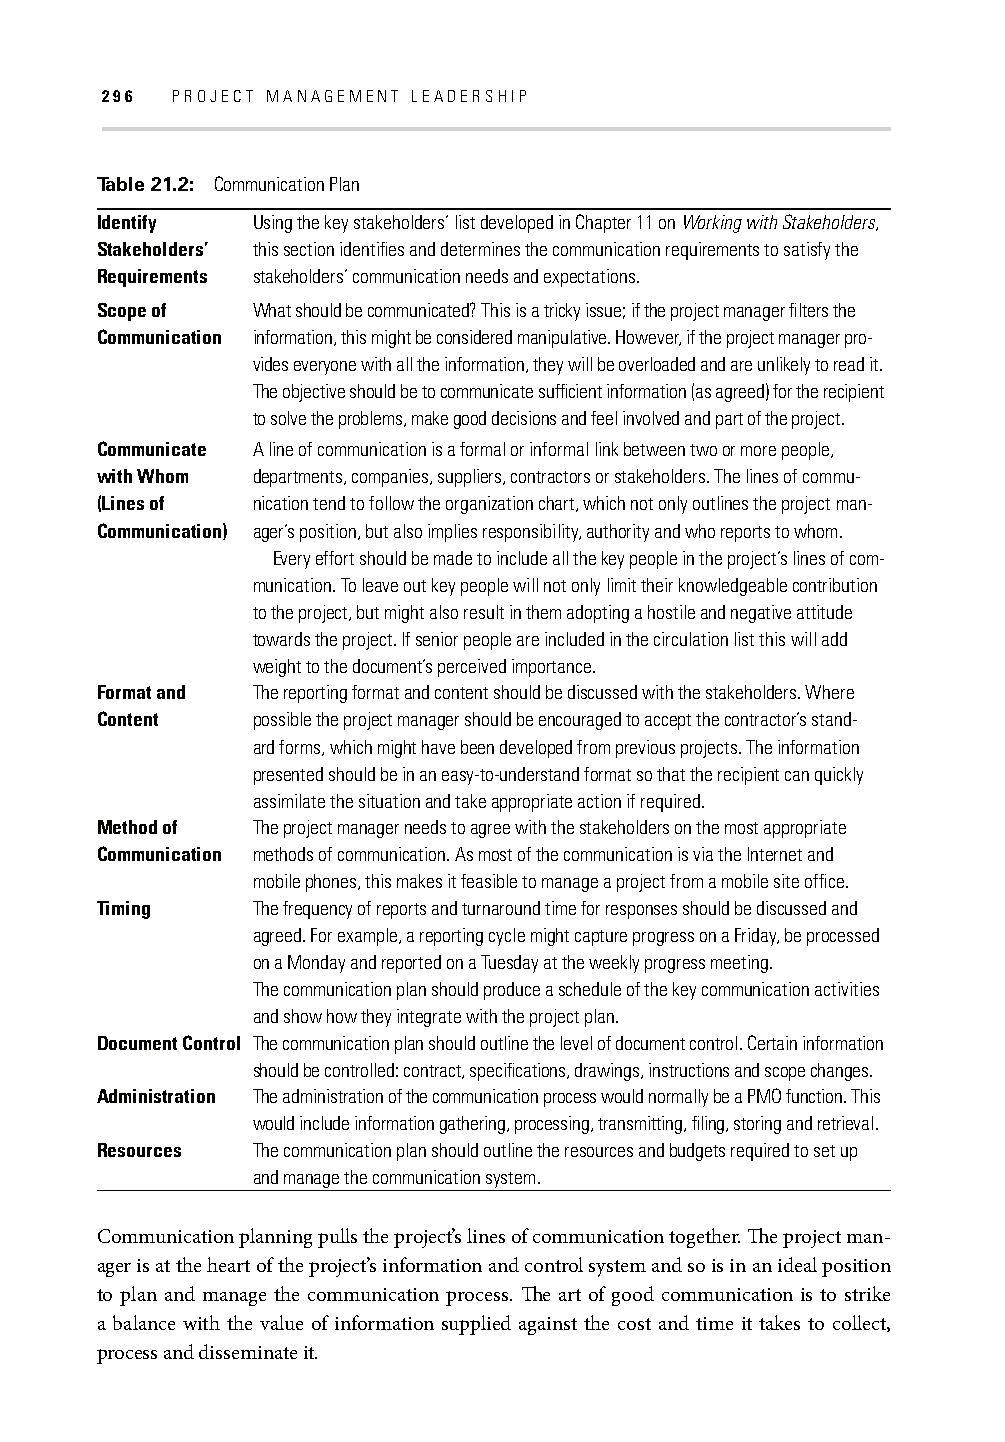
296 PROJECT MANAGEMENT LEADERSHIP
 Table 21.2: Communication Plan
 Identify   Using the key stakeholders’ list developed in Chapter 11 on Working with Stakeholders,
 Stakeholders’ this section identifi es and determines the communication requirements to satisfy the
 Requirements stakeholders’ communication needs and expectations.
 Scope of   What should be communicated? This is a tricky issue; if the project manager fi lters the
 Communication information, this might be considered manipulative. However, if the project manager pro-
 vides everyone with all the information, they will be overloaded and are unlikely to read it.
 The objective should be to communicate suffi cient information (as agreed) for the recipient
 to solve the problems, make good decisions and feel involved and part of the project.
 Communicate A line of communication is a formal or informal link between two or more people,
 with Whom  departments, companies, suppliers, contractors or stakeholders. The lines of commu-
 (Lines of  nication tend to follow the organization chart, which not only outlines the project man-
 Communication) ager’s position, but also implies responsibility, authority and who reports to whom.
 Every effort should be made to include all the key people in the project’s lines of com-
 munication. To leave out key people will not only limit their knowledgeable contribution
 to the project, but might also result in them adopting a hostile and negative attitude
 towards the project. If senior people are included in the circulation list this will add
 weight to the document’s perceived importance.
 Format and The reporting format and content should be discussed with the stakeholders. Where
 Content    possible the project manager should be encouraged to accept the contractor’s stand-
 ard forms, which might have been developed from previous projects. The information
 presented should be in an easy-to-understand format so that the recipient can quickly
 assimilate the situation and take appropriate action if required.
 Method of  The project manager needs to agree with the stakeholders on the most appropriate
 Communication methods of communication. As most of the communication is via the Internet and
 mobile phones, this makes it feasible to manage a project from a mobile site offi ce.
 Timing     The frequency of reports and turnaround time for responses should be discussed and
 agreed. For example, a reporting cycle might capture progress on a Friday, be processed
 on a Monday and reported on a Tuesday at the weekly progress meeting.
 The communication plan should produce a schedule of the key communication activities
 and show how they integrate with the project plan.
 Document Control The communication plan should outline the level of document control. Certain information
 should be controlled: contract, specifi cations, drawings, instructions and scope changes.
 Administration The administration of the communication process would normally be a PMO function. This
 would include information gathering, processing, transmitting, fi ling, storing and retrieval.
 Resources  The communication plan should outline the resources and budgets required to set up
 and manage the communication system.
 Communication planning pulls the project’s lines of communication together. Th e project man-
 ager is at the heart of the project’s information and control system and so is in an ideal position
 to plan and manage the communication process. Th e art of good communication is to strike
 a balance with the value of information supplied against the cost and time it takes to collect,
 process and disseminate it.